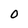
Character: O